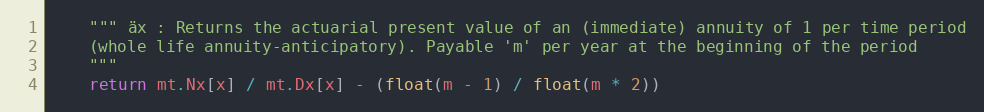
Language: Python
    """ äx : Returns the actuarial present value of an (immediate) annuity of 1 per time period
    (whole life annuity-anticipatory). Payable 'm' per year at the beginning of the period
    """
    return mt.Nx[x] / mt.Dx[x] - (float(m - 1) / float(m * 2))